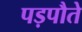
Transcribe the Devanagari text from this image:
पड़पौते